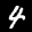
Label: 4